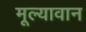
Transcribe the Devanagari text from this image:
मूल्‍यावान